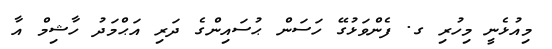
މިއުޅެނީ މިހުރި ގ. ފެންވަޅުގޭ ހަސަން ޙުސައިންގެ ދަރި އަޙްމަދު ހާޝިމް އާ